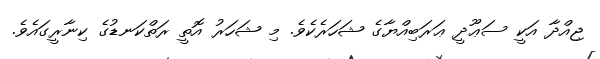
ޖިއްދާ އަކީ ސަޢޫދީ ޢަރަބިއްޔާގެ ޝަހަރެކެވެ. މި ޝަހަރު އޮތީ ރަތްކަނޑުގެ ކިނާރީގައެވެ.